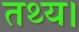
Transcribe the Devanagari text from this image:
तथ्य।